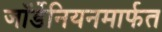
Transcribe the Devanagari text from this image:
जॉर्डेनियनमार्फत